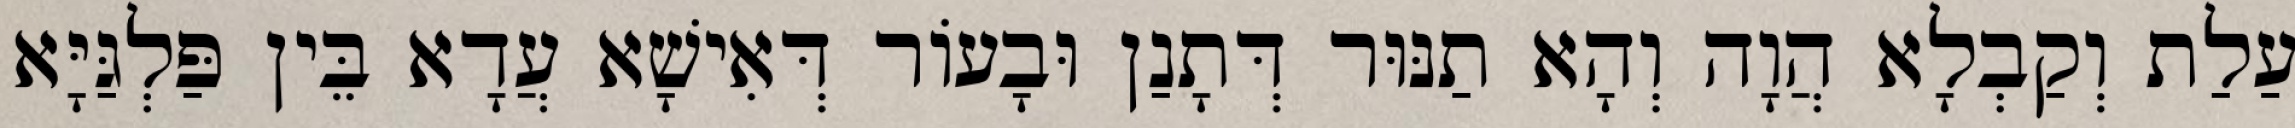
עַלַת וְקַבְלָא הֲוָה וְהָא תַנּוּר דְּתָנַן וּבָעוֹר דְּאִישָׁא עֲדָא בֵּין פַּלְגַּיָּא